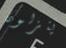
ينزلون